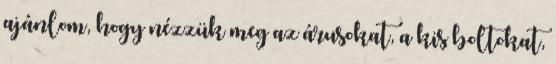
ajánlom, hogy nézzük meg az árusokat, a kis boltokat,